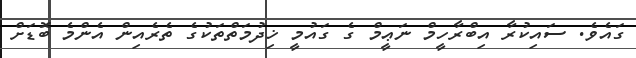
ގައެވެ. ސައިކުރާ އިބްރާހީމް ނަޢީމް ގެ ގައުމީ ޚިދުމަތްތަކުގެ ތެރެއިން އެންމެ ބޮޑަށް